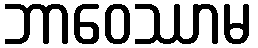
ဘာဝေဿာမ